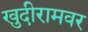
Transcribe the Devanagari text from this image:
खुदीरामवर